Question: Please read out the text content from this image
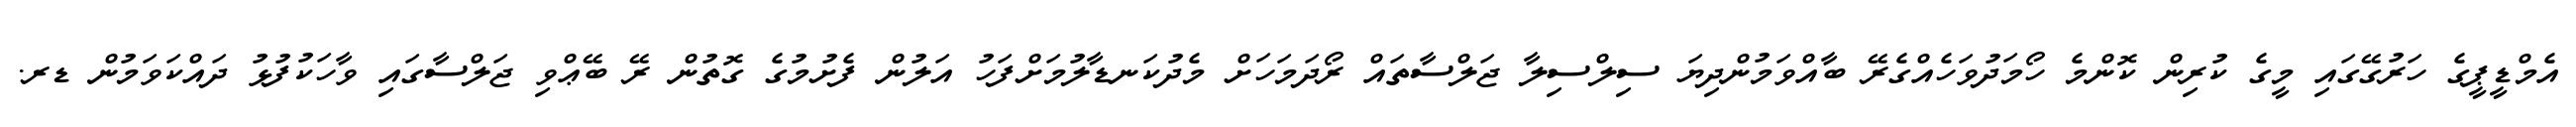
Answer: އެމްޑީޕީގެ ހަރުގޭގައި މީގެ ކުރިން ކޮންމެ ހޯމަދުވަހެއްގެރޭ ބާއްވަމުންދިޔަ ސިލްސިލާ ޖަލްސާތައް ރޯދަމަހަށް މެދުކަނޑާލުމަށްފަހު އަލުން ފެށުމުގެ ގޮތުން ރޭ ބޭޢްވި ޖަލްސާގައި ވާހަކުފުޅު ދައްކަވަމުން ޑރ.